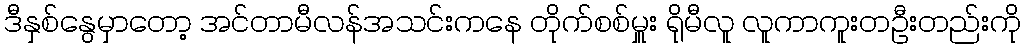
ဒီနှစ်နွေမှာတော့ အင်တာမီလန်အသင်းကနေ တိုက်စစ်မှူး ရိုမီလူ လူကာကူးတဦးတည်းကို